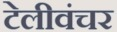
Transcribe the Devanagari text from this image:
टेलीवंचर